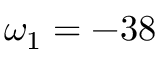
\omega _ { 1 } = - 3 8